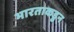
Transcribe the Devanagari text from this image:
भारताकडुन